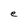
Character: e